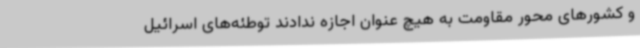
و کشورهای محور مقاومت به هیچ عنوان اجازه ندادند توطئه‌های اسرائیل